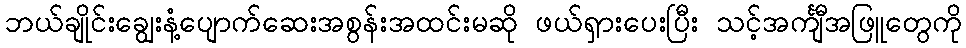
ဘယ်ချိုင်းချွေးနံ့ပျောက်ဆေးအစွန်းအထင်းမဆို ဖယ်ရှားပေးပြီး သင့်အင်္ကျီအဖြူတွေကို